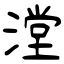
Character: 漟